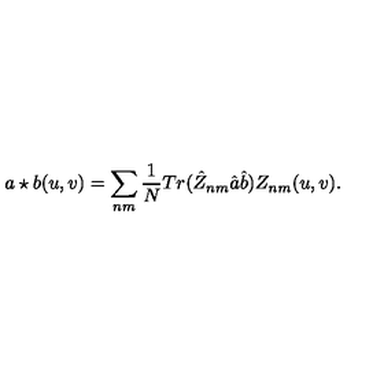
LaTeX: a \star b ( u , v ) = \sum _ { n m } \frac { 1 } { N } T r ( \hat { Z } _ { n m } \hat { a } \hat { b } ) Z _ { n m } ( u , v ) .